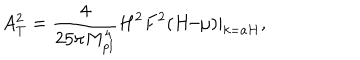
LaTeX: A _ { T } ^ { 2 } = \frac { 4 } { 2 5 \pi M _ { p l } ^ { 4 } } H ^ { 2 } F ^ { 2 } ( H / \mu ) | _ { k = a H } ,